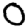
Digit: 0